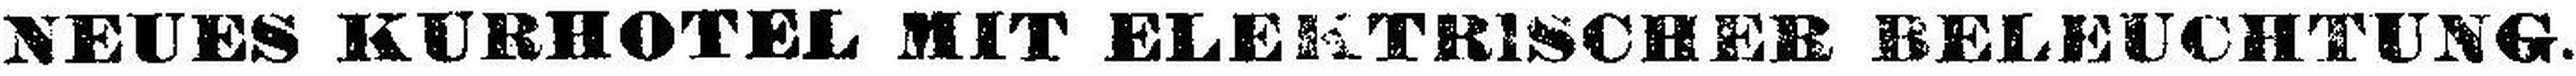
NEUES KURHOTEL MIT ELEKTRISCHER BELEUCHTUNG.